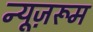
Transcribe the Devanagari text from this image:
न्यूज़रूम